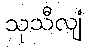
သုသီလျံ